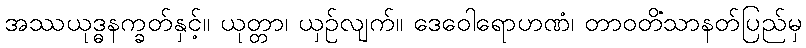
အဿယုဒ္ဓနက္ခတ်နှင့်။ ယုတ္တာ၊ ယှဉ်လျက်။ ဒေဝေါရောဟဏံ၊ တာဝတိံသာနတ်ပြည်မှ